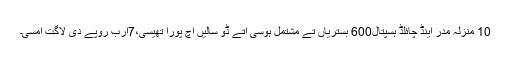
10 منزلہ مدر اینڈ چائلڈ ہسپتال600 بستریاں تے مشتمل ہوسی اتے ڈو سالیں اچ پورا تھیسی،7ارب روپے دی لاگت امسی۔